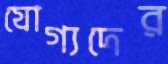
যোগ্যদের